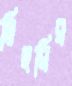
মিছরির